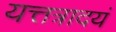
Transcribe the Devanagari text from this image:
यत्तत्रादयं